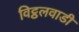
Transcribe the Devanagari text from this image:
विट्ठलवाडी